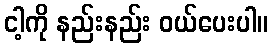
ငါ့ကို နည်းနည်း ဝယ်ပေးပါ။